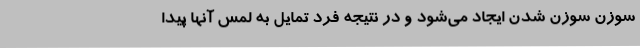
سوزن سوزن شدن ایجاد می‌شود و در نتیجه فرد تمایل به لمس آنها پیدا